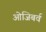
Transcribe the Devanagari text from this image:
ओजिबर्व